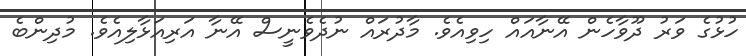
ހުޅުގެ ވަރު ދޫވާހެން އޭނާއައް ހިވިއެވެ. މާދުރައް ނުދެވެނީސް އޭނާ އަރިއަޅާލިއެވެ. މުދިންބެ